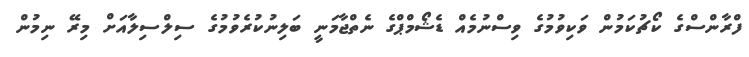
ފްރާންސްގެ ކޯޗުކަމުން ވަކިވުމުގެ ވިސްނުމެއް ޑެޝޯމްޕްގެ ނެތްޖާމަނީ ބަލިނުކުރެވުމުގެ ސިލްސިލާއަށް މިރޭ ނިމުން